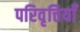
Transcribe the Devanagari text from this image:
परिवृत्तियाँ